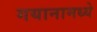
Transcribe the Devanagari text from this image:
गयानामध्ये